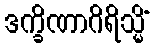
ဒက္ခိဏာဂိရိသ္မိံ